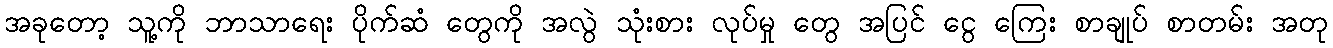
အခုတော့ သူ့ကို ဘာသာရေး ပိုက်ဆံ တွေကို အလွဲ သုံးစား လုပ်မှု တွေ အပြင် ငွေ ကြေး စာချုပ် စာတမ်း အတု